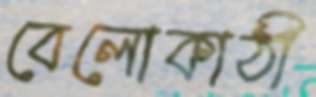
বেলোকাঠী